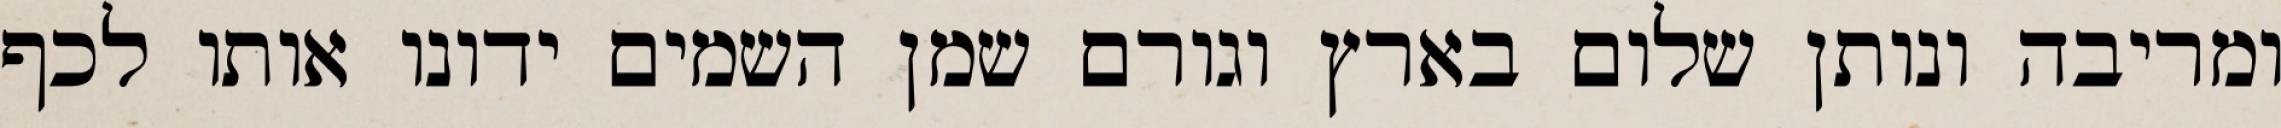
ומריבה ונותן שלום בארץ וגורם שמן השמים ידונו אותו לכף